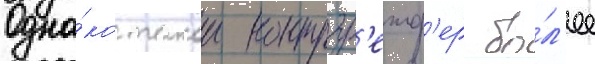
Одна́ко такои контргр'еиф'ер бо́л'ее